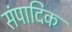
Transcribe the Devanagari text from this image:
संपादिक